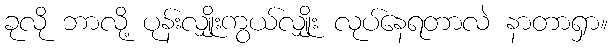
ခုလို ဘာလို့ ပုန်းလျှိုးကွယ်လျှိုး လုပ်နေရတာလဲ နာတာရှာ။